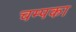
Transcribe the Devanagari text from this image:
चम्पका